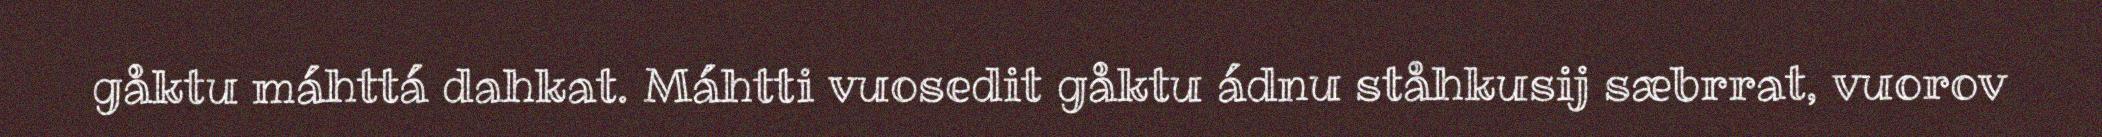
gåktu máhttá dahkat. Máhtti vuosedit gåktu ádnu ståhkusij sæbrrat, vuorov